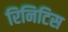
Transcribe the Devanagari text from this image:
रिनिटिस